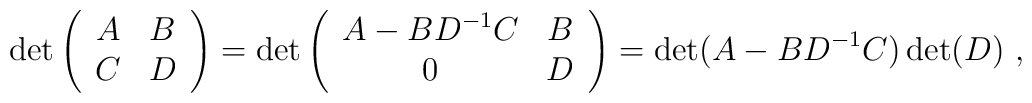
\det \left (\begin{array}{cc}A & B \\C & D \\ \end{array}\right)=\det \left(\begin{array}{cc}A-BD^{-1}C & B \\0 & D \\ \end{array}\right)=\det( A-BD^{-1}C)\det(D) \ ,